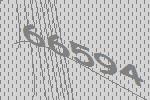
66594